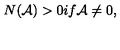
N ( { \cal A } ) > 0 i f { \cal A } \neq 0 ,